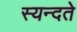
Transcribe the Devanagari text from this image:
स्यन्दते